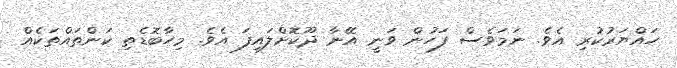
ހައްޔަރުކުރި އެވެ. ނަމަވެސް ފަހުން ވަނީ އޭނާ ދޫކޮށްލައިފަ އެވެ. މިހާބޮޑެތި ކަންތައްތަކެއް